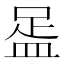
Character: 𥁯